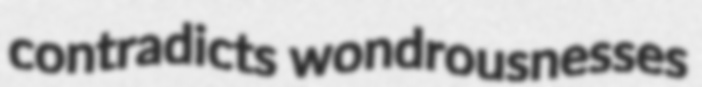
contradicts wondrousnesses